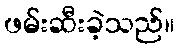
ဖမ်းဆီးခဲ့သည်။